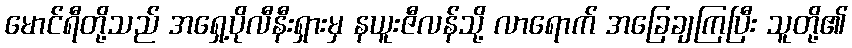
မောင်ရီတို့သည် အရှေ့ပိုလီနီးရှားမှ နယူးဇီလန်သို့ လာရောက် အခြေချကြပြီး သူတို့၏